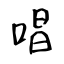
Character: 唱